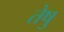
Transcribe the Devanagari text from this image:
तेषु